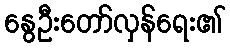
နွေဦးတော်လှန်ရေး၏